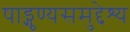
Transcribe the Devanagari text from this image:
षाड्गुण्यसमुद्देश्य